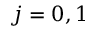
j = 0 , 1